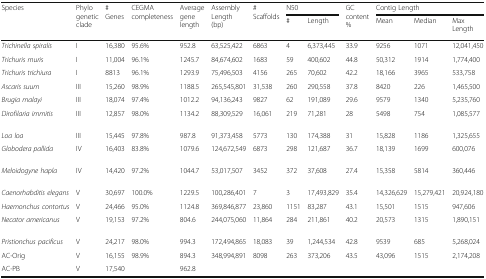
<table><thead><tr><td rowspan="2"><b>Species</b></td><td rowspan="2"><b>Phylogenetic clade </b></td><td rowspan="2"><b># Genes</b></td><td rowspan="2"><b>CEGMA completeness</b></td><td rowspan="2"><b>Average gene length</b></td><td rowspan="2"><b>Assembly Length (bp)</b></td><td rowspan="2"><b># Scaffolds</b></td><td colspan="2"><b>N50</b></td><td rowspan="2"><b>GC content %</b></td><td colspan="3"><b>Contig Length</b></td></tr><tr><td><b>#</b></td><td><b>Length</b></td><td><b>Mean</b></td><td><b>Median</b></td><td><b>Max Length</b></td></tr></thead><tbody><tr><td><i>Trichinella spiralis</i></td><td>I</td><td>16,380</td><td>95.6%</td><td>952.8</td><td>63,525,422</td><td>6863</td><td>4</td><td>6,373,445</td><td>33.9</td><td>9256</td><td>1071</td><td>12,041,450</td></tr><tr><td><i>Trichuris muris</i></td><td>I</td><td>11,004</td><td>96.1%</td><td>1245.7</td><td>84,674,602</td><td>1683</td><td>59</td><td>400,602</td><td>44.8</td><td>50,312</td><td>1914</td><td>1,774,400</td></tr><tr><td><i>Trichuris trichiura</i></td><td>I</td><td>8813</td><td>96.1%</td><td>1293.9</td><td>75,496,503</td><td>4156</td><td>265</td><td>70,602</td><td>42.2</td><td>18,166</td><td>3965</td><td>533,758</td></tr><tr><td><i>Ascaris suum</i></td><td>III</td><td>15,260</td><td>98.9%</td><td>1188.5</td><td>265,545,801</td><td>31,538</td><td>260</td><td>290,558</td><td>37.8</td><td>8420</td><td>226</td><td>1,465,500</td></tr><tr><td><i>Brugia malayi</i></td><td>III</td><td>18,074</td><td>97.4%</td><td>1012.2</td><td>94,136,243</td><td>9827</td><td>62</td><td>191,089</td><td>29.6</td><td>9579</td><td>1340</td><td>5,235,760</td></tr><tr><td><i>Dirofilaria immitis</i></td><td>III</td><td>12,857</td><td>98.0%</td><td>1134.2</td><td>88,309,529</td><td>16,061</td><td>219</td><td>71,281</td><td>28</td><td>5498</td><td>754</td><td>1,085,577</td></tr><tr><td><i>Loa loa</i></td><td>III</td><td>15,445</td><td>97.8%</td><td>987.8</td><td>91,373,458</td><td>5773</td><td>130</td><td>174,388</td><td>31</td><td>15,828</td><td>1186</td><td>1,325,655</td></tr><tr><td><i>Globodera pallida</i></td><td>IV</td><td>16,403</td><td>83.8%</td><td>1079.6</td><td>124,672,549</td><td>6873</td><td>298</td><td>121,687</td><td>36.7</td><td>18,139</td><td>1699</td><td>600,076</td></tr><tr><td><i>Meloidogyne hapla</i></td><td>IV</td><td>14,420</td><td>97.2%</td><td>1044.7</td><td>53,017,507</td><td>3452</td><td>372</td><td>37,608</td><td>27.4</td><td>15,358</td><td>5814</td><td>360,446</td></tr><tr><td><i>Caenorhabditis elegans</i></td><td>V</td><td>30,697</td><td>100.0%</td><td>1229.5</td><td>100,286,401</td><td>7</td><td>3</td><td>17,493,829</td><td>35.4</td><td>14,326,629</td><td>15,279,421</td><td>20,924,180</td></tr><tr><td><i>Haemonchus contortus</i></td><td>V</td><td>24,466</td><td>95.0%</td><td>1124.8</td><td>369,846,877</td><td>23,860</td><td>1151</td><td>83,287</td><td>43.1</td><td>15,501</td><td>1515</td><td>947,606</td></tr><tr><td><i>Necator americanus</i></td><td>V</td><td>19,153</td><td>97.2%</td><td>804.6</td><td>244,075,060</td><td>11,864</td><td>284</td><td>211,861</td><td>40.2</td><td>20,573</td><td>1315</td><td>1,890,151</td></tr><tr><td><i>Pristionchus pacificus</i></td><td>V</td><td>24,217</td><td>98.0%</td><td>994.3</td><td>172,494,865</td><td>18,083</td><td>39</td><td>1,244,534</td><td>42.8</td><td>9539</td><td>685</td><td>5,268,024</td></tr><tr><td>AC-Orig</td><td>V</td><td>16,155</td><td rowspan="2">98.9%</td><td>894.3</td><td rowspan="2">348,994,891</td><td rowspan="2">8098</td><td rowspan="2">263</td><td rowspan="2">373,206</td><td rowspan="2">43.5</td><td rowspan="2">43,096</td><td rowspan="2">1515</td><td rowspan="2">2,174,208</td></tr><tr><td>AC-PB</td><td>V</td><td>17,540</td><td>962.8</td></tr></tbody></table>